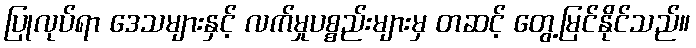
ပြုလုပ်ရာ ဒေသများနှင့် လက်မှုပစ္စည်းများမှ တဆင့် တွေ့မြင်နိုင်သည်။